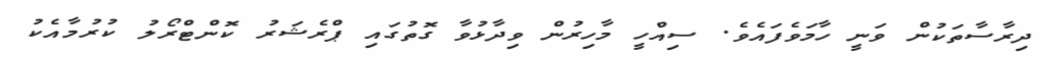
ދިރާސާތަކުން ވަނީ ހާމަވެފައެވެ. ސިއްހީ މާހިރުން ވިދާޅުވާ ގޮތުގައި ޕްރެޝަރު ކޮންޓްރޯލު ކުރުމާއެކު